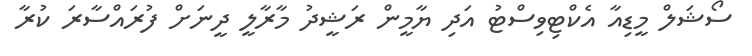
ސޯޝަލް މީޑިއާ އެކްޓިވިސްޓު އަދި ޔާމީން ރަޝީދު މާރާލީ ދީނަށް ފުރައްސާރަ ކުރާ